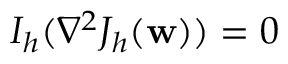
I _ { h } ( \nabla ^ { 2 } J _ { h } ( \mathbf { w } ) ) = 0